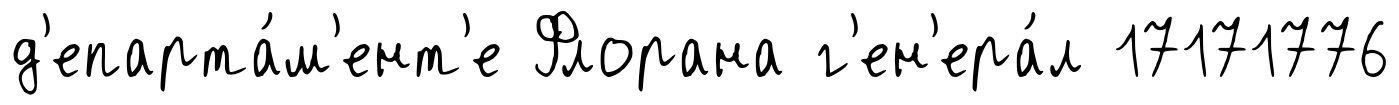
д'епарта́м'ент'е Флорана г'ен'ера́л 17171776